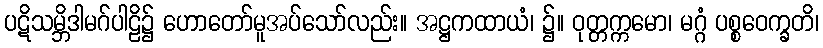
ပဋိသမ္ဘိဒါမဂ်ပါဠိ၌ ဟောတော်မူအပ်သော်လည်း။ အဋ္ဌကထာယံ၊ ၌။ ဝုတ္တက္ကမော၊ မဂ္ဂံ ပစ္စဝေက္ခတိ၊